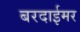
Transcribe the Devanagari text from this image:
बरदाईमर